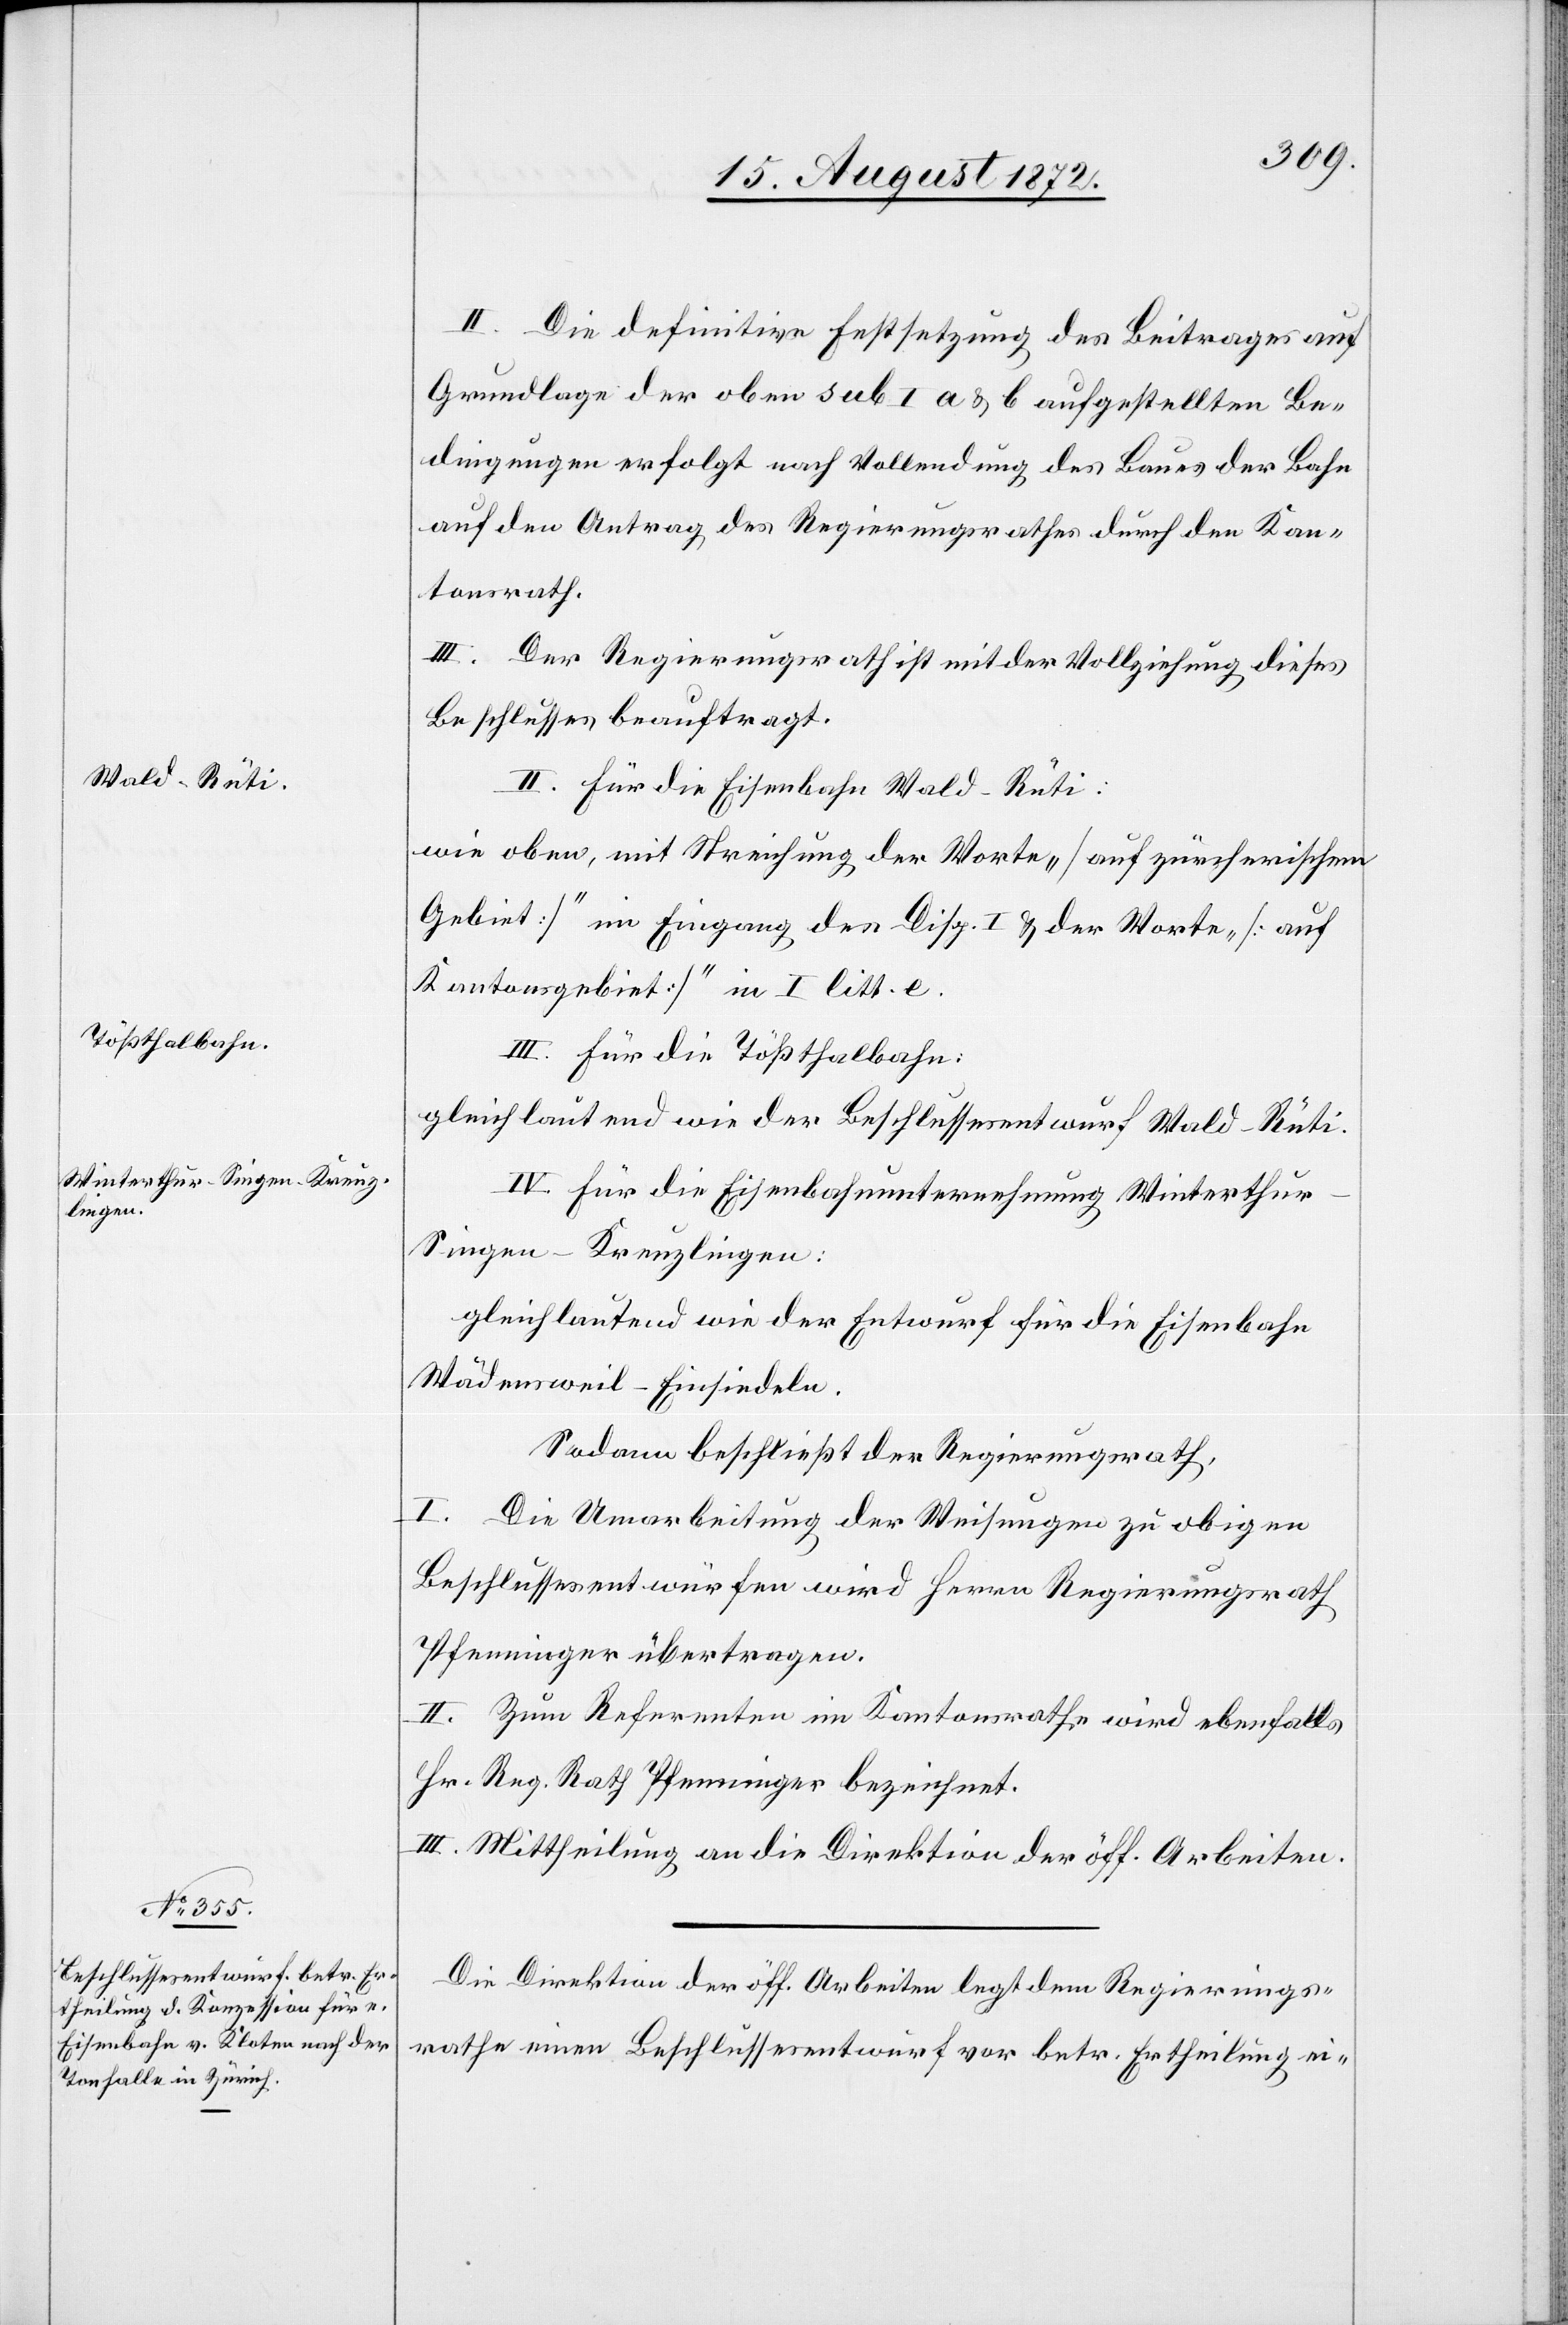
II. Die definitive Festsetzung des Beitrages auf
Grundlage der oben sub I a u. b aufgestellten Be¬
dingungen erfolgt nach Vollendung des Baues der Bahn
auf den Antrag des Regierungsrathes durch den Kan¬
tonsrath.
III. Der Regierungsrath ist mit der Vollziehung dieses
Beschlusses beauftragt.
II. Für die Eisenbahn Wald–Rüti:
wie oben, mit Streichung der Worte „[auf zürcherischem
Gebiet]“ im Eingang des Disp. I u. der Worte „[auf
Kantonsgebiet]“ in I litt. e.
III. Für die Tößthalbahn:
gleichlautend wie der Beschlussesentwurf Wald–Rüti.
IV. Für die Eisenbahnunternehmung Winterthu¬
r–Singen–Kreuzlingen:
gleichlautend wie der Entwurf für die Eisenbahn
Wädensweil–Einsiedeln.
Sodann beschließt der Regierungsrath,
I. Die Umarbeitung der Weisungen zu obigen
Beschlussesentwürfen wird Herrn Regierungsrath
Pfenninger übertragen.
II. Zum Referenten im Kantonsrathe wird ebenfalls
Hr. Reg. Rath Pfenninger bezeichnet.
III. Mittheilung an die Direktion der öff. Arbeiten.
Die Direktion der öff. Arbeiten legt dem Regierungs¬
rathe einen Beschlussesentwurf vor betr. Ertheilung ei-